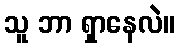
သူ ဘာ ရှာနေလဲ။